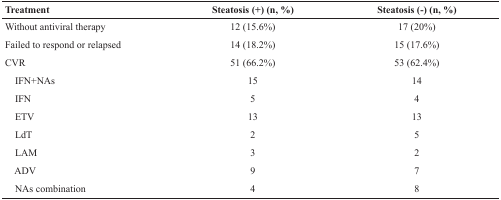
<table><thead><tr><td><b>Treatment</b></td><td><b>Steatosis (+) (n, %)</b></td><td><b>Steatosis (-) (n, %)</b></td></tr></thead><tbody><tr><td>Without antiviral therapy</td><td>12 (15.6%)</td><td>17 (20%)</td></tr><tr><td>Failed to respond or relapsed</td><td>14 (18.2%)</td><td>15 (17.6%)</td></tr><tr><td>CVR</td><td>51 (66.2%)</td><td>53 (62.4%)</td></tr><tr><td> IFN+NAs</td><td>15</td><td>14</td></tr><tr><td> IFN</td><td>5</td><td>4</td></tr><tr><td> ETV</td><td>13</td><td>13</td></tr><tr><td> LdT</td><td>2</td><td>5</td></tr><tr><td> LAM</td><td>3</td><td>2</td></tr><tr><td> ADV</td><td>9</td><td>7</td></tr><tr><td> NAs combination</td><td>4</td><td>8</td></tr></tbody></table>